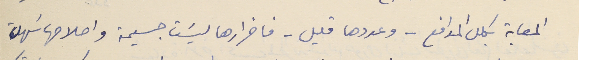
المصابة بكلل المدافع -وعددها قليل- فاضرارها ليسَت جسيمة واصلاحها سَهل